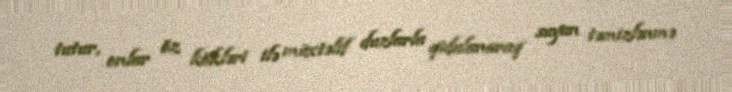
tutur, onlar öz kökləri ilə müxtəlif duzlarla qidalanaraq suyun təmizlənmə